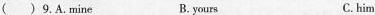
( ) 9.A.Mine B. yours C.him